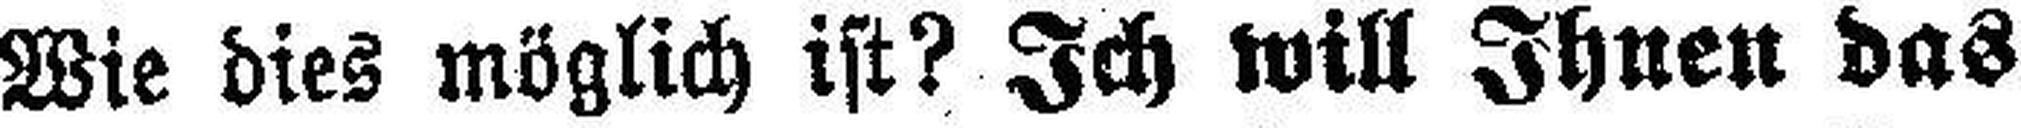
Wie dies möglich ist? Ich will Ihnen das